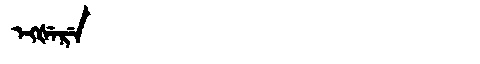
Manchu: ᡝᡴᡧᡝᡵᡝ
Romanization: EKŠERE